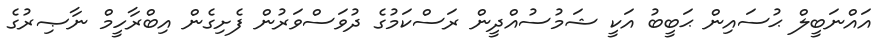
އައްނަބީލް ޙުސައިން ޙަބީބު އަކީ ޝަމުސުއްދީން ރަސްކަމުގެ ދުވަސްވަރުން ފެށިގެން އިބްރާހީމް ނާޞިރުގެ